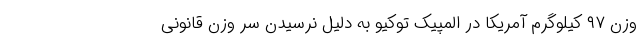
وزن ۹۷ کیلوگرم آمریکا در المپیک توکیو به دلیل نرسیدن سر وزن قانونی